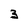
Character: 3